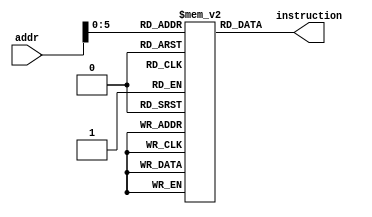
`timescale 1ns / 1ps
//////////////////////////////////////////////////////////////////////////////////
// Company: 
// Engineer: 
// 
// Design Name: 		Yamin Yee
// Module Name:    Instr_mem 
// Project Name: 
// Target Devices: 
// Tool versions: 
// Description: 
//
// Dependencies: 
//
// Revision: 
// Revision 0.01 - File Created
// Additional Comments: Instruction memory, we need internal storage to store the instructions 
//								We need to define a 2D array to store 64 instruction each with 4 bytes(32bits)
//								So it is the 64x32 2D array.
//
//////////////////////////////////////////////////////////////////////////////////
module InstMem( 
					//Inputs
					input [7:0] addr,
					//Outputs 
					output [31:0] instruction
					);

//reg [31:0] instruction;
// Instruction Memory for 2D Array for Internal Storage 
reg [31:0] memory [63:0];
		
assign instruction = memory[addr];

	initial 
	begin 
			// Insturction Codes 
			memory[0] <= 32'h00007033; // and r0, r0, r0 32h00000000
			memory[1] <= 32'h00100093; // addi r1, r0, 1 32h00000001
			memory[2] <= 32'h00200113; // addi r2, r0, 2 32h00000002
			memory[3] <= 32'h00308193; // addi r3, r1, 3 32h00000004
			memory[4] <= 32'h00408213; // addi r4, r1, 4 32h00000005
			memory[5] <= 32'h00510293; // addi r5, r2, 5 32h00000007
			memory[6] <= 32'h00610313; // addi r6, r2, 6 32h00000008
			memory[7] <= 32'h00718393; // addi r7, r3, 7 32h0000000B
			memory[8] <= 32'h00208433; // add r8, r1, r2 32h00000003
			memory[9] <= 32'h404404b3; // sub r9, r8, r4 32hfffffffe
			memory[10]<= 32'h00317533; // and r10, r2, r3 32h00000000
			memory[11]<= 32'h0041e5b3; // or r11, r3, r4 32h00000005
			memory[12]<= 32'h0041a633; // if r3 is less than r4 then r12 = 1 32h00000001
			memory[13]<= 32'h007346b3; // nor r13, r6, r7 32hfffffff4
			memory[14]<= 32'h4d34f713; // andi r14, r9, 4D3 32h000004D2
			memory[15]<= 32'h8d35e793; // ori r15, r11, 8d3 32hfffff8d7
			memory[16]<= 32'h4d26a813; // if r13 is less than 32h000004D2 then r16 = 1 32h00000001
			memory[17]<= 32'h4d244893; // nori r17, r8, 4D2 32hfffffb2C
	end
	


endmodule